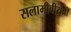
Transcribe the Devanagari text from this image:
सलामीवीराची